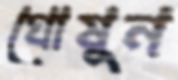
ঘোষুন